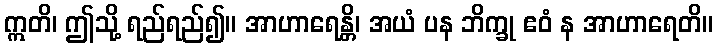
ဣတိ၊ ဤသို့ ရည်ရည်၍။ အာဟာရေန္တိ၊ အယံ ပန ဘိက္ခု ဧဝံ န အာဟာရေတိ။